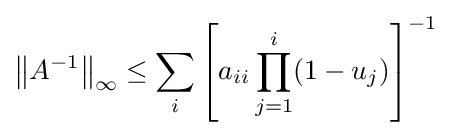
\left\Vert A^{-1}\right\Vert _{\infty }\leq \sum _{i}\left[a_{ii}\prod _{j=1}^{i}(1-u_{j})\right]^{-1}